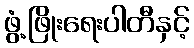
ဖွံ့ဖြိုးရေးပါတီနှင့်